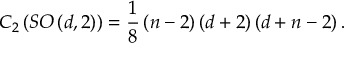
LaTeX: C _ { 2 } \left( S O \left( d , 2 \right) \right) = \frac 1 8 \left( n - 2 \right) \left( d + 2 \right) \left( d + n - 2 \right) .